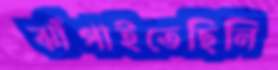
ঝাঁপাইতেছিলি